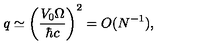
q \simeq \left( \frac { V _ { 0 } \Omega } { \hbar c } \right) ^ { 2 } = O ( N ^ { - 1 } ) ,